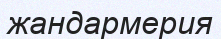
жандармерия